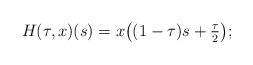
LaTeX: \begin{align*}H(\tau,x)(s)=x\big((1-\tau)s+\tfrac\tau2\big);\end{align*}